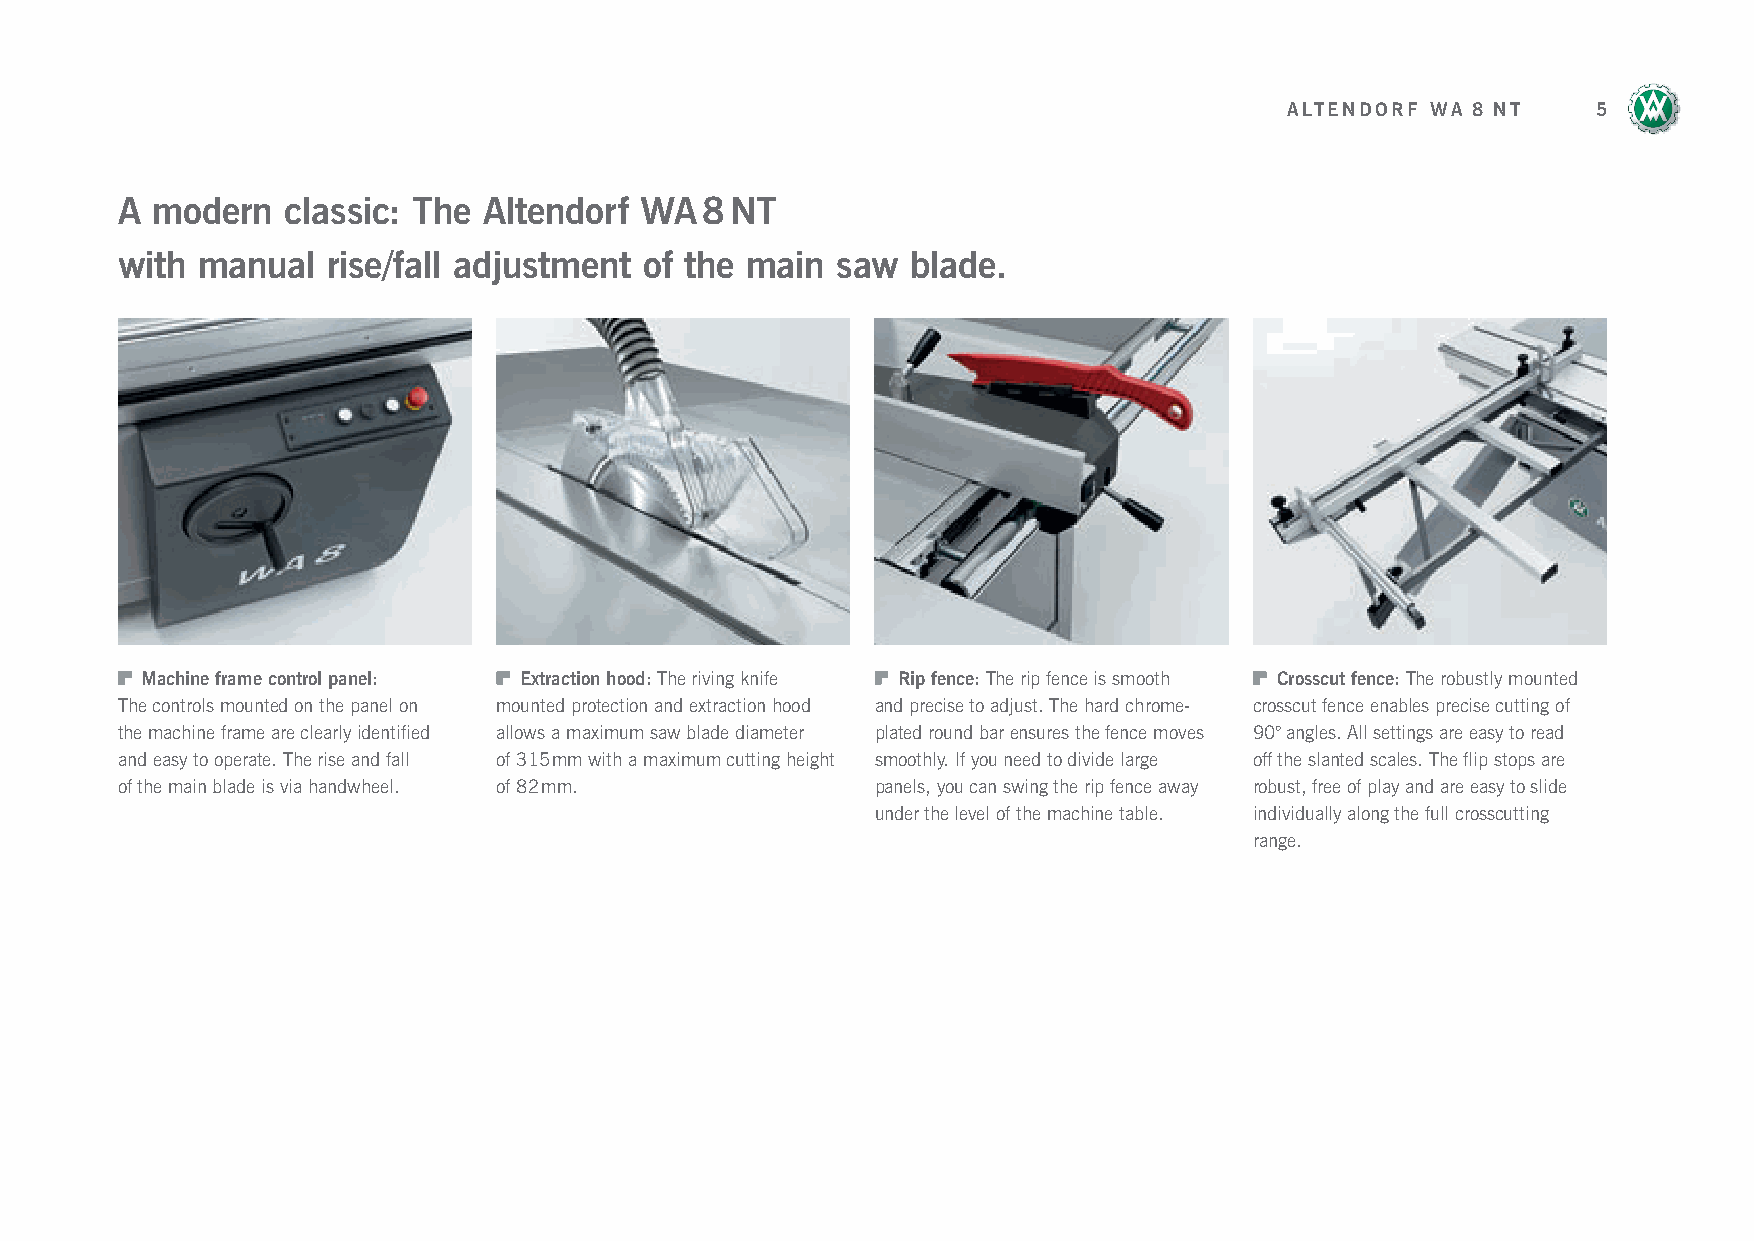
ALTENDORF WA 8 NT    5
 A modern   classic: The Altendorf WA   8 NT
 with manual   rise/fall adjustment of the main saw  blade.
 Machine frame control panel: Extraction hood: The riving knife Rip fence: The rip fence is smooth Crosscut fence: The robustly mounted
 The controls mounted on the panel on mounted protection and extraction hood and precise to adjust. The hard chrome- crosscut fence enables precise cutting of
 the machine frame are clearly identified allows a maximum saw blade diameter plated round bar ensures the fence moves 90° angles. All settings are easy to read
 and easy to operate. The rise and fall of 315 mm with a maximum cutting height smoothly. If you need to divide large off the slanted scales. The flip stops are
 of the main blade is via handwheel. of 82 mm.     panels, you can swing the rip fence away robust, free of play and are easy to slide
 under the level of the machine table. individually along the full crosscutting
 range.